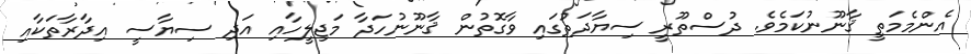
އެންމެމަތީ ޤާނޫނުކަމެވެ. ދުސްތޫރީ ސިޔާދަތުގައި ވާގޮތުން ޤާނޫނުހަދާ މަޖިލީހާއި އަދި ސިޔާސީ އިދާރާތަކާއި